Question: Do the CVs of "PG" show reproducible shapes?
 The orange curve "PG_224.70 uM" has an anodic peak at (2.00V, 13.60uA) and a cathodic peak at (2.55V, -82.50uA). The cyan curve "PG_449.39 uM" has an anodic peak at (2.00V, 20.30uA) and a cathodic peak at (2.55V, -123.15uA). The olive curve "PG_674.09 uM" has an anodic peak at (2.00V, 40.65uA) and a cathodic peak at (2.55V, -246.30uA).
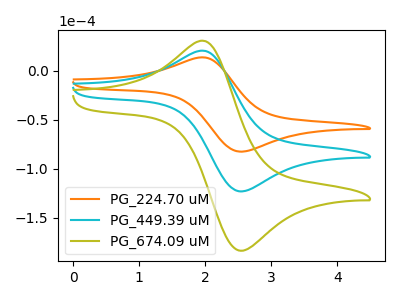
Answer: <think>All the peaks in "PG_224.70 uM" have a peak in "PG_449.39 uM" at the same potential. Every peak in "PG_224.70 uM" is lower than every peak in "PG_449.39 uM". All the peaks in "PG_224.70 uM" have a peak in "PG_674.09 uM" at the same potential. Every peak in "PG_224.70 uM" is lower than every peak in "PG_674.09 uM". All the peaks in "PG_449.39 uM" have a peak in "PG_674.09 uM" at the same potential. Every peak in "PG_449.39 uM" is lower than every peak in "PG_674.09 uM".
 </think>
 <answer>All the CV's of "PG" have similar shape.</answer>
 <eval>follow_rule</eval>